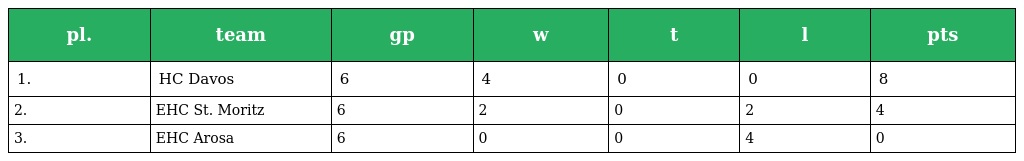
| pl. | team | gp | w | t | l | pts |
 | --- | --- | --- | --- | --- | --- | --- |
 | 1. | HC Davos | 6 | 4 | 0 | 0 | 8 |
 | 2. | EHC St. Moritz | 6 | 2 | 0 | 2 | 4 |
 | 3. | EHC Arosa | 6 | 0 | 0 | 4 | 0 |